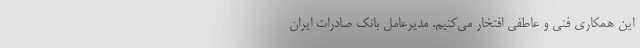
این همکاری فنی و عاطفی افتخار می‌کنیم. مدیرعامل بانک صادرات ایران